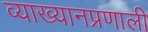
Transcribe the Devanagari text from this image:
व्याख्यानप्रणाली